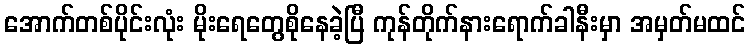
အောက်တစ်ပိုင်းလုံး မိုးရေတွေစိုနေခဲ့ပြီ ကုန်တိုက်နားရောက်ခါနီးမှာ အမှတ်မထင်